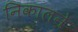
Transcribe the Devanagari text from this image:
निकालने